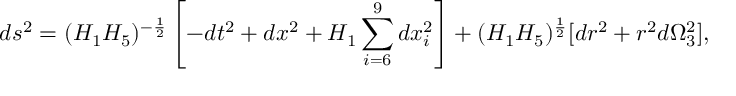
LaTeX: d s ^ { 2 } = ( H _ { 1 } H _ { 5 } ) ^ { - \frac { 1 } { 2 } } \left[ - d t ^ { 2 } + d x ^ { 2 } + H _ { 1 } \sum _ { i = 6 } ^ { 9 } d x _ { i } ^ { 2 } \right] + ( H _ { 1 } H _ { 5 } ) ^ { \frac { 1 } { 2 } } [ d r ^ { 2 } + r ^ { 2 } d \Omega _ { 3 } ^ { 2 } ] ,